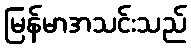
မြန်မာအသင်းသည်